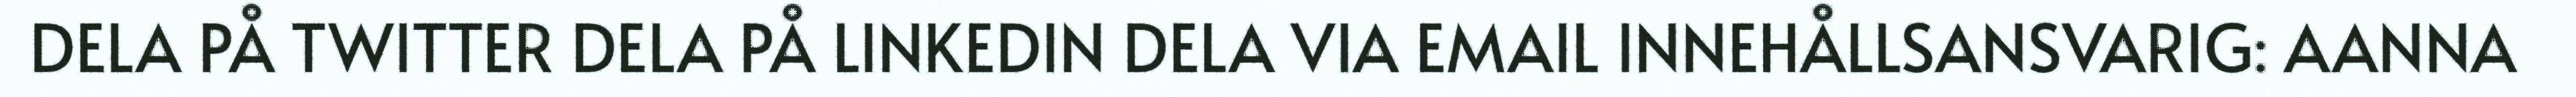
DELA PÅ TWITTER DELA PÅ LINKEDIN DELA VIA EMAIL INNEHÅLLSANSVARIG: AANNA